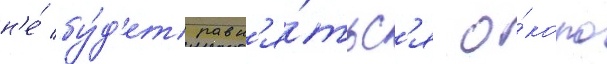
н'е́ бу́д'ет равн'я́тьс'я о́коло